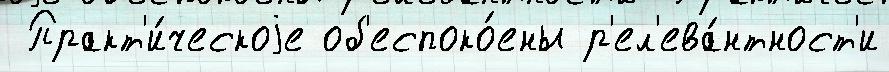
 Практ'и́ческоjе об'еспоко́ены р'ел'ева́нтност'и